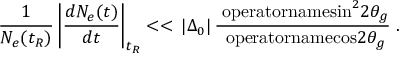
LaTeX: \frac { 1 } { N _ { e } ( t _ { R } ) } \left| \frac { d N _ { e } ( t ) } { d t } \right| _ { t _ { R } } < < \, | \Delta _ { 0 } | \, \frac { \mathrm { \ o p e r a t o r n a m e { s i n } } ^ { 2 } 2 \theta _ { g } } { \mathrm { \ o p e r a t o r n a m e { c o s } } 2 \theta _ { g } } \; .